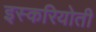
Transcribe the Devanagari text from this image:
इस्करियोती